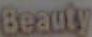
Beauty